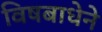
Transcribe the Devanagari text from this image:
विषबाधेने